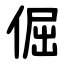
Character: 倔